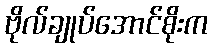
ဗိုလ်ချုပ်အောင်စိုးက